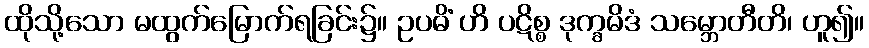
ထိုသို့သော မထွက်မြောက်ရခြင်း၌။ ဥပဓိံ ဟိ ပဋိစ္စ ဒုက္ခမိဒံ သမ္ဘောတီတိ၊ ဟူ၍။